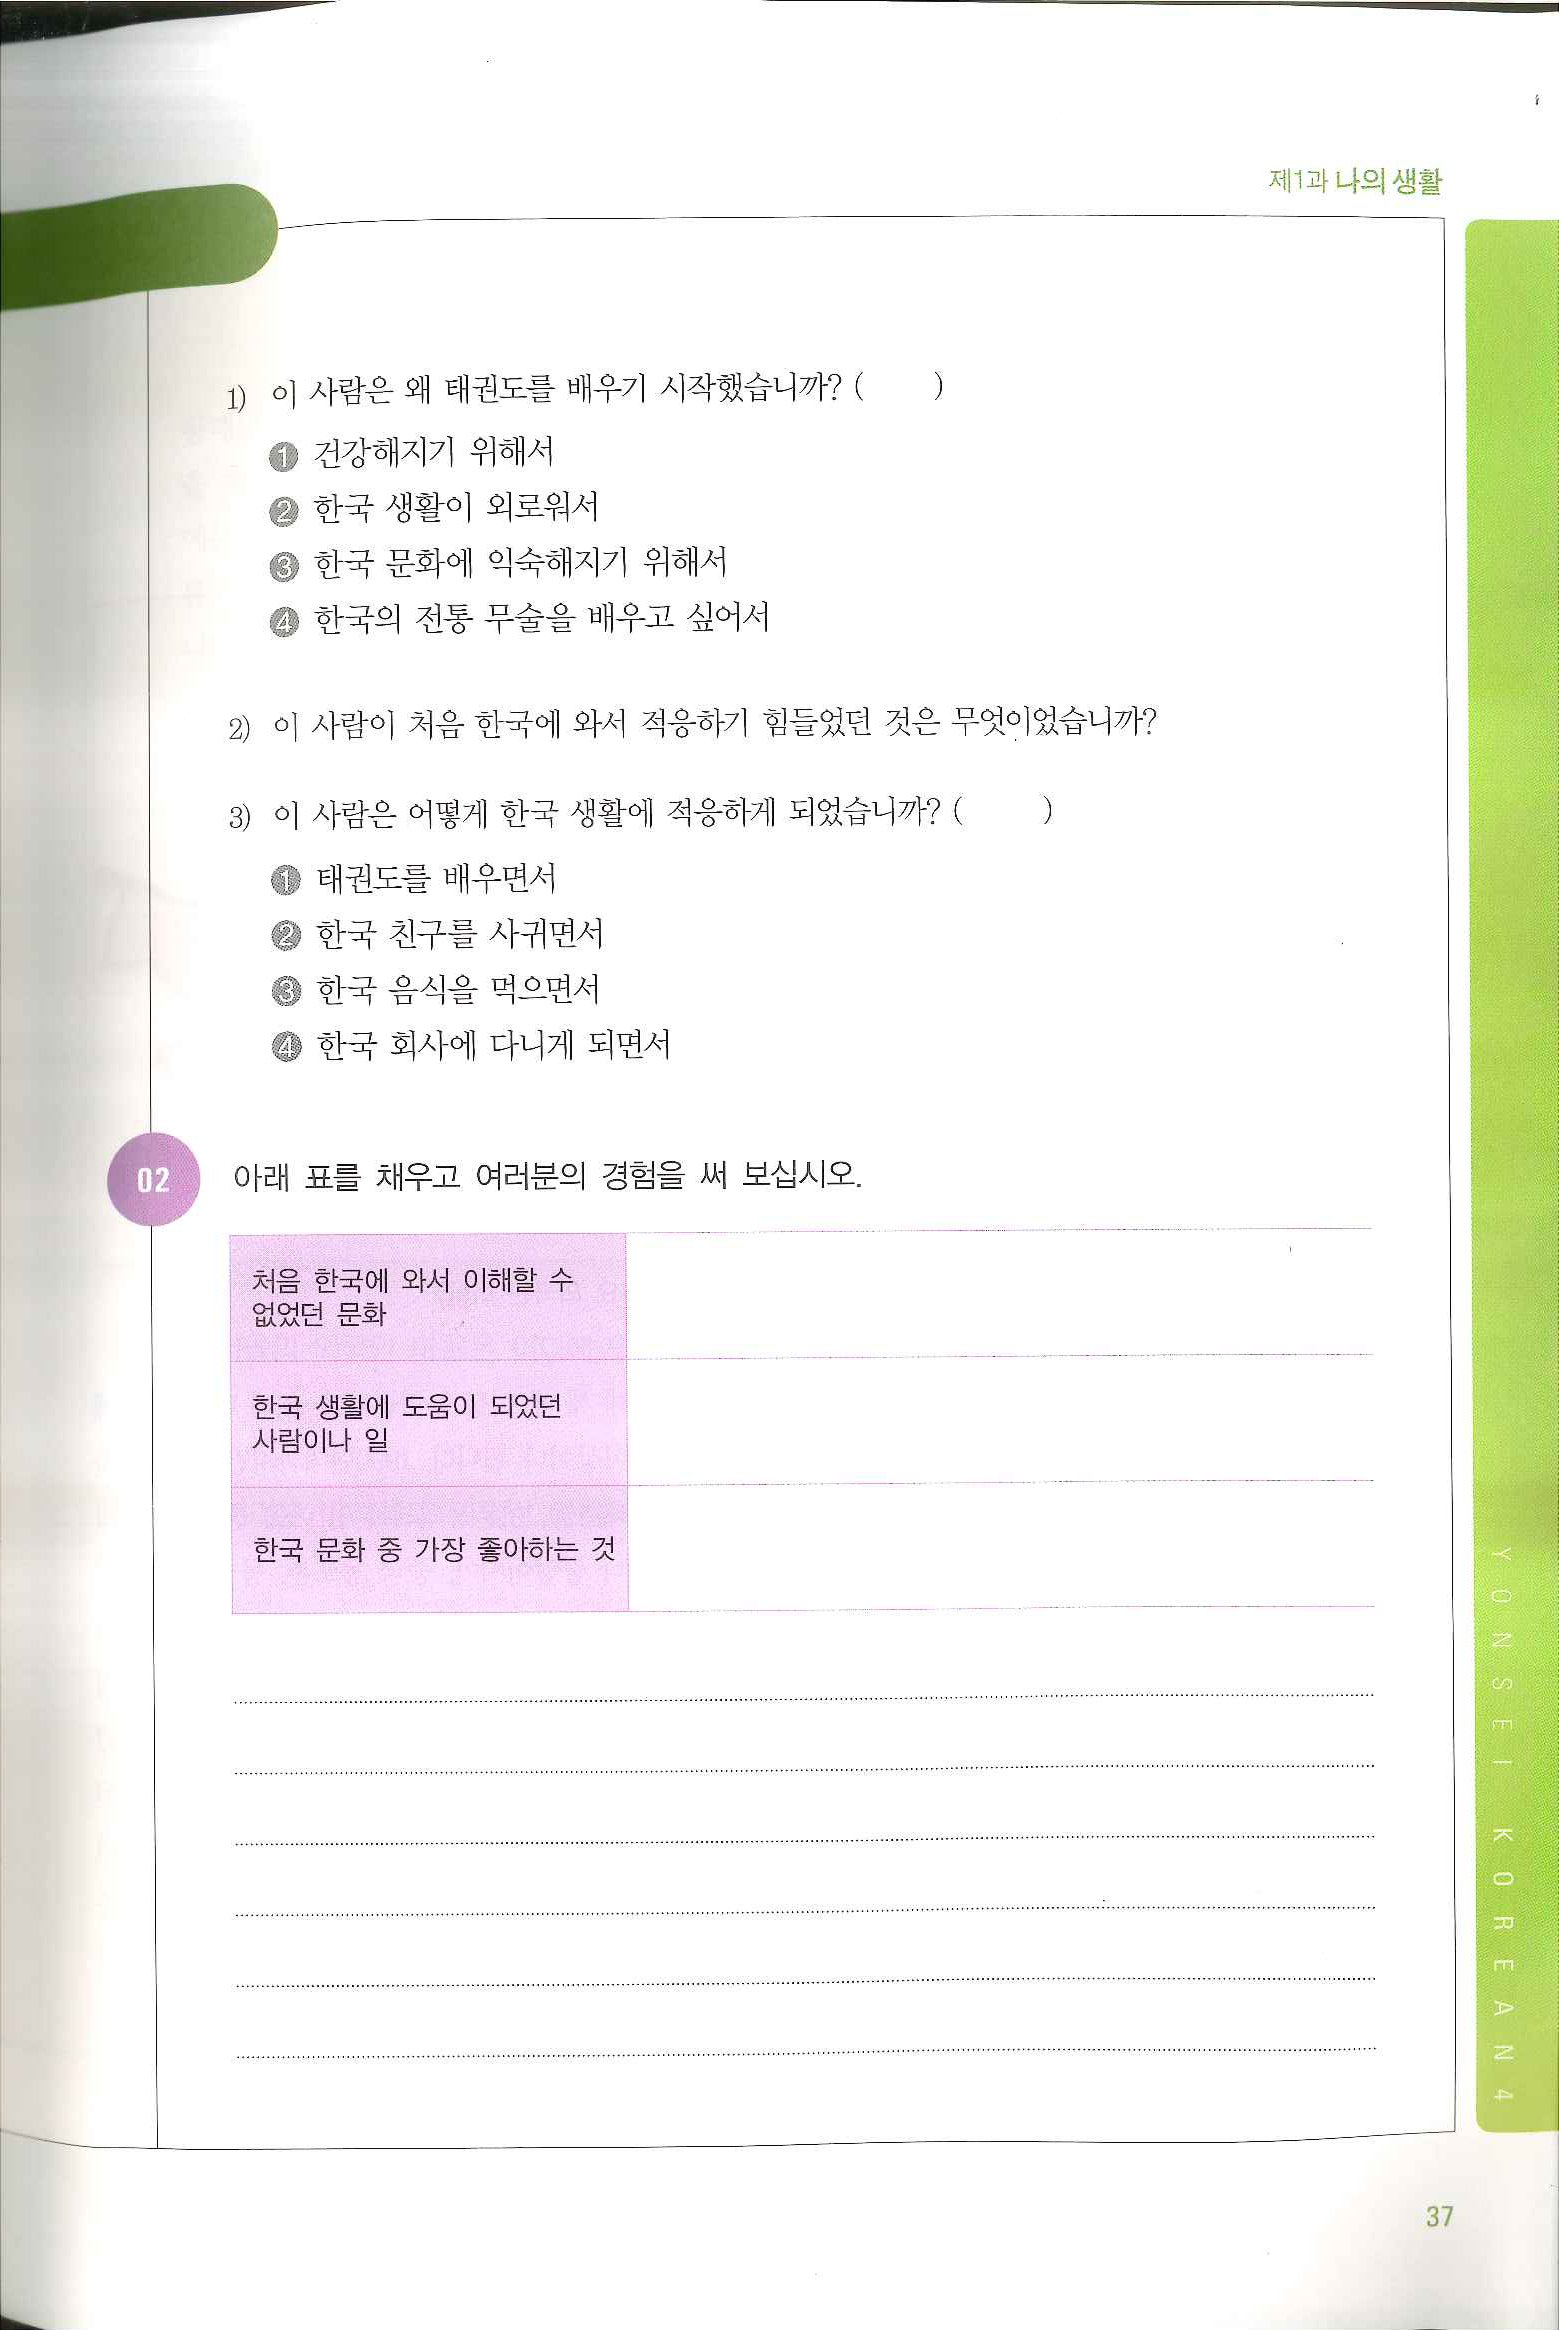
Language: ko